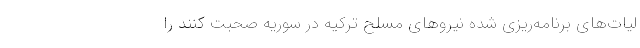
لیات‌های برنامه‌ریزی شده نیروهای مسلح ترکیه در سوریه صحبت کنند را